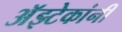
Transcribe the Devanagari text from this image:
अॅझ्टेकांनी